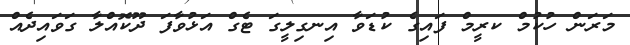
މަރަން ހުކުމް ކރީމް ފައިގެ ކުޑަވާ އިނގިލީގަ ޓެގް އަޅުވާފަ ދޫކޮއްލާ ގަވައިދެއް